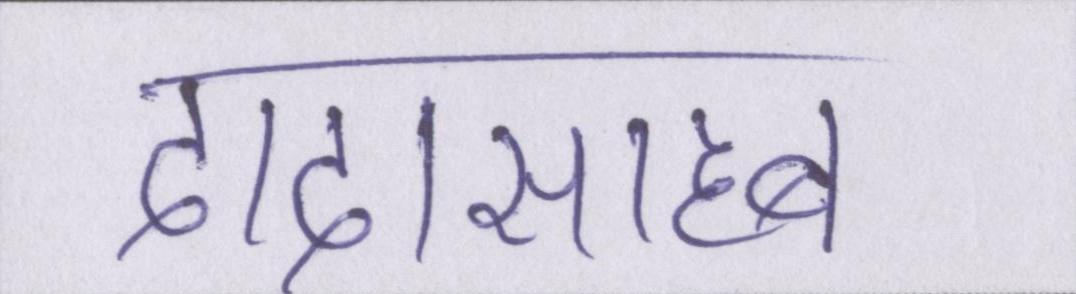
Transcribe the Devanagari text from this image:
दादासाहब